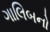
ગાલિબનો